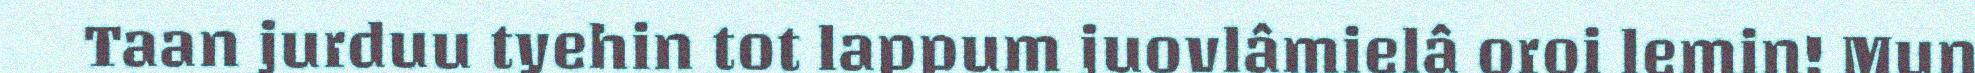
Taan jurduu tyehin tot lappum juovlâmielâ oroi lemin! Mun